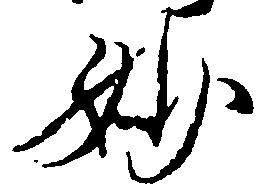
妙